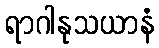
ရာဂါနုသယာနံ